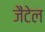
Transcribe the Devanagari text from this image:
जैंटेल